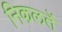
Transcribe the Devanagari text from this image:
निकलतें